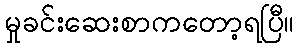
မှုခင်းဆေးစာကတော့ရပြီ။